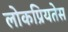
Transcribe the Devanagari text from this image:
लोकप्रियतेस